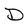
Character: D